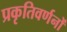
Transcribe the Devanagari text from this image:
प्रकृतिवर्णनों